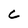
Character: C